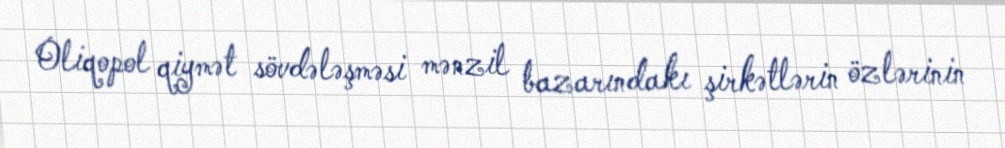
Oliqopol qiymət sövdələşməsi mənzil bazarındakı şirkətlərin özlərinin